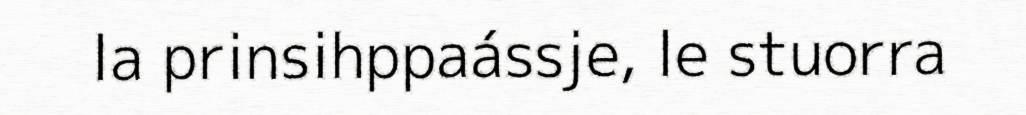
la prinsihppaássje, le stuorra